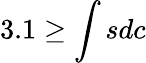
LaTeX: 3.1\geq\int sdc